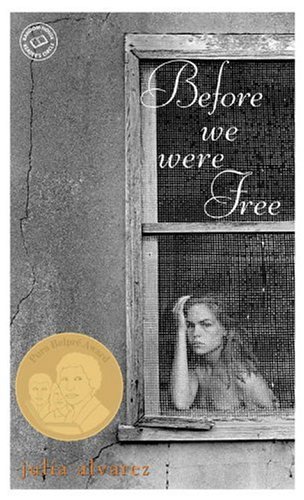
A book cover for Before We Were Free (Laurel-Leaf Books Readers Circle); Julia Alvarez; Teen & Young Adult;